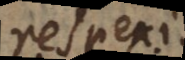
respexi